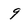
Character: 9